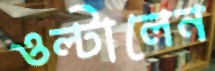
ওল্‌টালেন